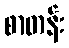
စာတန်း